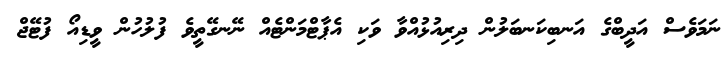
ނަމަވެސް އަދީބްގެ އަނބިކަނބަލުން ދިރިއުޅުއްވާ ވަކި އެޕާޓްމަންޓެއް ނޭނގޭތީވެ ފުލުހުން ވީޑިއޯ ފުޓޭޖް